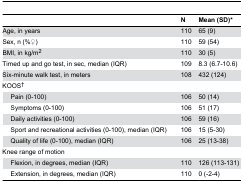
<table><thead><tr><td colspan="3"></td><td><b>N</b></td><td><b>Mean (SD)*</b></td></tr></thead><tbody><tr><td colspan="3">Age, in years</td><td>110</td><td>65 (9)</td></tr><tr><td colspan="3">Sex, n (%♀)</td><td>110</td><td>59 (54)</td></tr><tr><td colspan="3">BMI, in kg/m<sup>2</sup></td><td>110</td><td>30 (5)</td></tr><tr><td colspan="3">Timed up and go test, in sec, median (IQR)</td><td>109</td><td>8.3 (6.7-10.6)</td></tr><tr><td colspan="3">Six-minute walk test, in meters</td><td>108</td><td>432 (124)</td></tr><tr><td colspan="3">KOOS<sup>†</sup></td><td></td><td></td></tr><tr><td colspan="2"></td><td>Pain (0-100)</td><td>106</td><td>50 (14)</td></tr><tr><td colspan="2"></td><td>Symptoms (0-100)</td><td>106</td><td>51 (17)</td></tr><tr><td colspan="2"></td><td>Daily activities (0-100)</td><td>106</td><td>59 (16)</td></tr><tr><td colspan="2"></td><td>Sport and recreational activities (0-100), median (IQR)</td><td>106</td><td>15 (5-30)</td></tr><tr><td colspan="2"></td><td>Quality of life (0-100), median (IQR)</td><td>106</td><td>25 (13-38)</td></tr><tr><td colspan="3">Knee range of motion</td><td></td><td></td></tr><tr><td></td><td colspan="2">Flexion, in degrees, median (IQR)</td><td>110</td><td>126 (113-131)</td></tr><tr><td></td><td colspan="2">Extension, in degrees, median (IQR)</td><td>110</td><td>0 (-2-4)</td></tr></tbody></table>